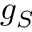
g _ { S }